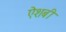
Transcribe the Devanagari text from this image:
ऐशबी